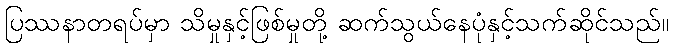
ပြဿနာတရပ်မှာ သိမှုနှင့်ဖြစ်မှုတို့ ဆက်သွယ်နေပုံနှင့်သက်ဆိုင်သည်။